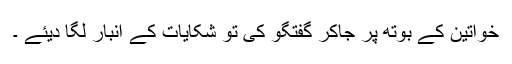
خواتین کے بوتھ پر جاکر گفتگو کی تو شکایات کے انبار لگا دیئے ۔